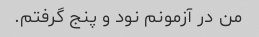
من در آزمونم نود و پنج گرفتم.